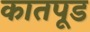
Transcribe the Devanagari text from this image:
कातपूड